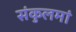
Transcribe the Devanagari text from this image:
संकुलमां